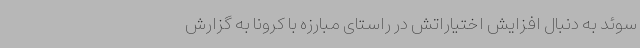
سوئد به دنبال افزایش اختیاراتش در راستای مبارزه با کرونا به گزارش